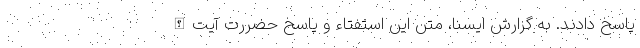
پاسخ دادند. به گزارش ایسنا، متن این استفتاء و پاسخ حضررت آیت‌الله